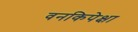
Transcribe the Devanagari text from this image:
वनकिपेक्षा